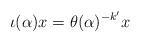
LaTeX: \begin{align*}\iota(\alpha) x = \theta(\alpha)^{-k'} x\end{align*}